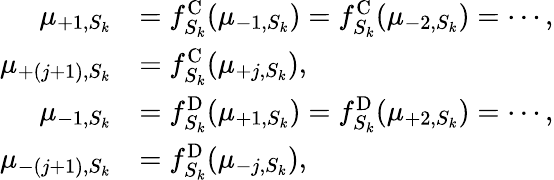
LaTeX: \begin{array}{rl}{\mu_{+1,S_{k}}}&{=f_{S_{k}}^{\mathrm{C}}(\mu_{-1,S_{k}})=f_{S_{k}}^{\mathrm{C}}(\mu_{-2,S_{k}})=\cdots,}\\ {\mu_{+(j+1),S_{k}}}&{=f_{S_{k}}^{\mathrm{C}}(\mu_{+j,S_{k}}),}\\ {\mu_{-1,S_{k}}}&{=f_{S_{k}}^{\mathrm{D}}(\mu_{+1,S_{k}})=f_{S_{k}}^{\mathrm{D}}(\mu_{+2,S_{k}})=\cdots,}\\ {\mu_{-(j+1),S_{k}}}&{=f_{S_{k}}^{\mathrm{D}}(\mu_{-j,S_{k}}),}\end{array}